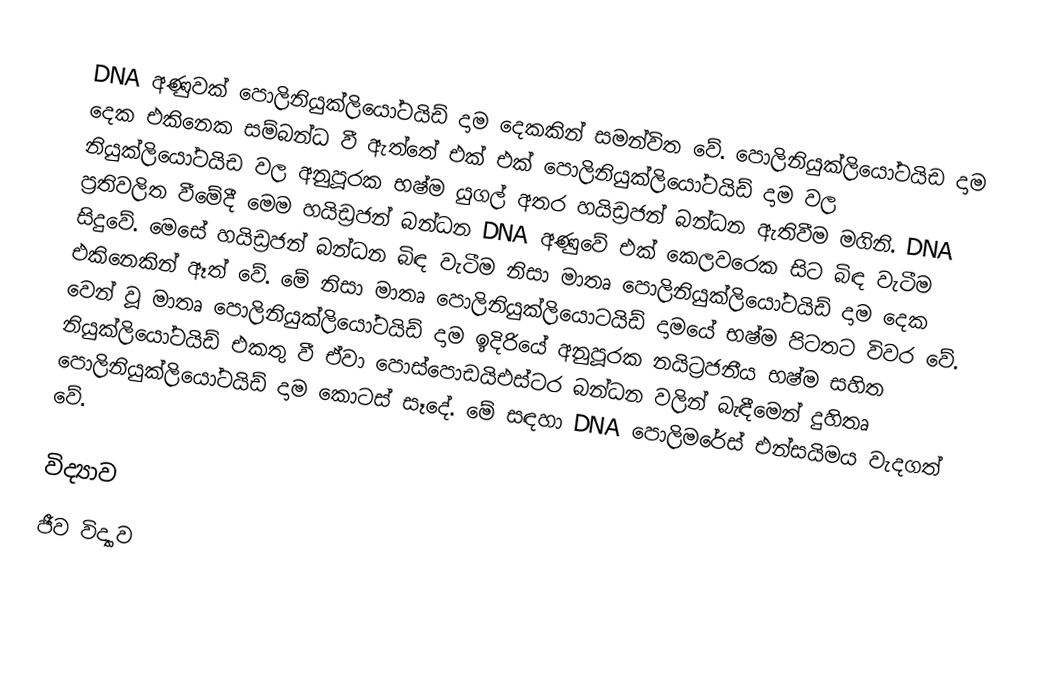
DNA අණුවක් පොලිනියුක්ලියෝටයිඩ් දාම දෙකකින් සමන්විත වේ. පොලිනියුක්ලියෝටයිඩ දාම දෙක එකිනෙක සම්බන්ධ වී ඇත්තේ එක් එක් පොලිනියුක්ලියෝටයිඩ් දාම වල නියුක්ලියෝටයිඩ වල අනුපූරක භෂ්ම යුගල් අතර හයිඩ්‍රජන් බන්ධන ඇතිවීම මගිනි. DNA ප්‍රතිවලිත වීමේදී මෙම හයිඩ්‍රජන් බන්ධන DNA අණුවේ එක් කෙලවරෙක සිට බිඳ වැටීම සිදුවේ. මෙසේ හයිඩ්‍රජන් බන්ධන බිඳ වැටීම නිසා මාතෘ පොලිනියුක්ලියෝටයිඩ් දාම දෙක එකිනෙකින් ඈත් වේ. මේ නිසා මාතෘ පොලිනියුක්ලියොටයිඩ් දාමයේ භෂ්ම පිටතට විවර වේ. වෙන් වූ මාතෘ පොලිනියුක්ලියෝටයිඩ් දාම ඉදිරියේ අනුපූරක නයිට්‍රජනීය භෂ්ම සහිත නියුක්ලියෝටයිඩ් එකතු වී ඒවා පොස්පොඩයිඑස්ටර බන්ධන වලින් බැඳීමෙන් දුහිතෘ පොලිනියුක්ලියෝටයිඩ් දාම කොටස් සෑදේ. මේ සඳහා DNA පොලිමරේස් එන්සයිමය වැදගත් වේ.

විද්‍යාව
ජීව විද්‍යාව